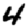
Digit: 4